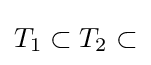
T_{1}\subset T_{2}\subset